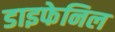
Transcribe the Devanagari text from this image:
डाइफेनिल